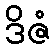
ဒိဇံ